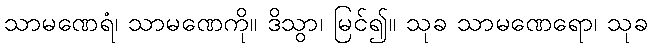
သာမဏေရံ၊ သာမဏေကို။ ဒိသွာ၊ မြင်၍။ သုခ သာမဏေရော၊ သုခ